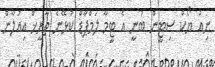
ނިއު ޔޯކް ސިޓީން ބުނީ އެ ޓީމާ ލަމްޕާޑް ކުޅޭނެ ތާރީޚް އިއުލާން